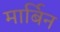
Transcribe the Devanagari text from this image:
मार्बिन